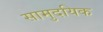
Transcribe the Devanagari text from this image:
सामुदयिक